Tezpur Lunatic Asylum reports 1895-1904 - 1895-1904
Year: 1895
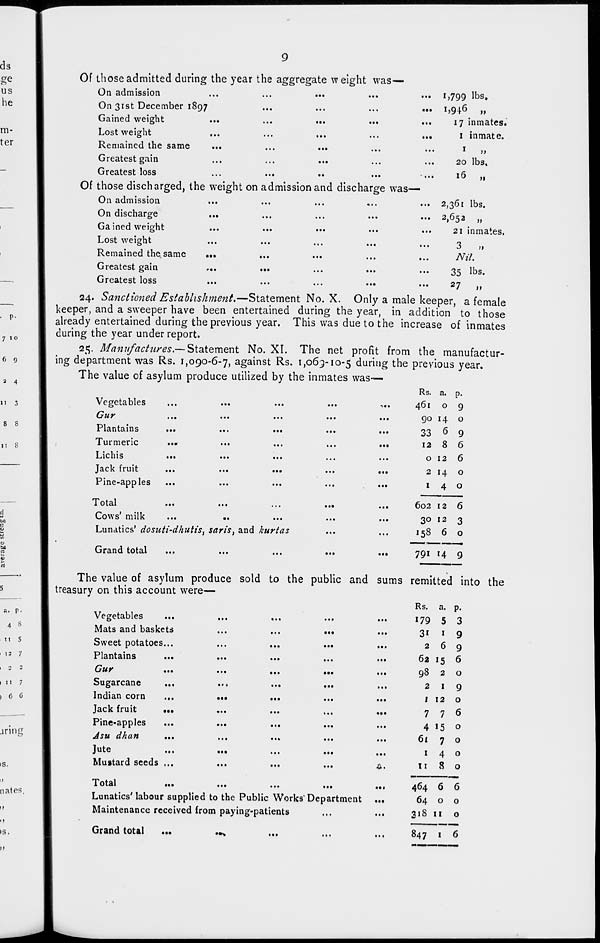
Of those admitted during the year the aggregate weight was—
On admission
...
...
•••
...
•
On 31st December 1897
...
...
...
,
Gained weight
...
...
...
...
.
Lost weight
...
...
...
...
,
Remained the same
Greatest gain
...
...
...
Greatest loss
...
...
..
Of those discharged, the weight on admission and discharge was—
On admission
On discharge
...
...
...
...
.
Gained weight
...
...
...
Lost weight
Remained the same
...
...
...
...
,
Greatest gain
Greatest loss
...
...
...
...
1,799 lbs.
W 6 „
17 inmates.
1 inmate.
20 lbs.
16 >i
2,361 lbs.
2 > 6 5* ,,
21 inmates.
3
„
Nil.
35 lbs.
...
...
...
...
., a
27
1,
24. Sanctioned Establishment.—Statement No. X. Only a male keeper, a female
keeper, and a sweeper have been entertained during the year, in addition to those
already entertained during the previous year. This was due to the increase of inmates
during the year under report.
25. Manufactures*— Statement No. XI. The net profit from the manufactur-
ing department was Rs. 1,090-6-7, against Rs. 1,063-10-5 during the previous year.
The value of asylum produce utilized by the inmates was-—
Vegetables
...
...
...
...
-..
yjHY
..«
...
...
...
...
Jrlantains
•*•
...
...
...
...
1
Turmeric
••«
•••
...
...
...
L.1C111S
...
•••
•••
...
...
Jack fruit
...
•••
•••
•••
...
Pine-apples ...
...
...
...
...
1 otai
...
•••
■••
...
...
Cows' milk
...
■•
...
...
...
Lunatics' dosuti-dhutis, saris, and kurtas
Grand total
...
...
...
...
...
Rs. a. P-
461 0 9
90 14 0
33 6 9
12 8 6
0 12 6
2 14 0
1 4 0
602 12 6
30 12 3
158 6 0
791 14 9
The value of asylum produce sold to the public and sums remitted into the
treasury on this account were—
•••
Vegetables
Mats and baskets
Sweet potatoes...
Plantains
Cur
...
Sugarcane
Indian corn
Jack fruit
•••
Pine-apples
Asu dhan
...
Jute
Mustard seeds ...
1 otai
■■•
...
...
...
LunaticsMabour supplied to the Public Works'Department
Maintenance received from paying-patients
Grand total
...
aw>
...
...
...
.*•
...
...
a.
...
Rs. a.
179 5
31 I
2 6
62 15
98 2
2 I
I 12
7 7
4 »5
61 7
1 4
11 8
P-
3
9
9
6
o
9
o
6
o
o
o
o
464 6 6
64 0 0
318 11 0
847 1 6